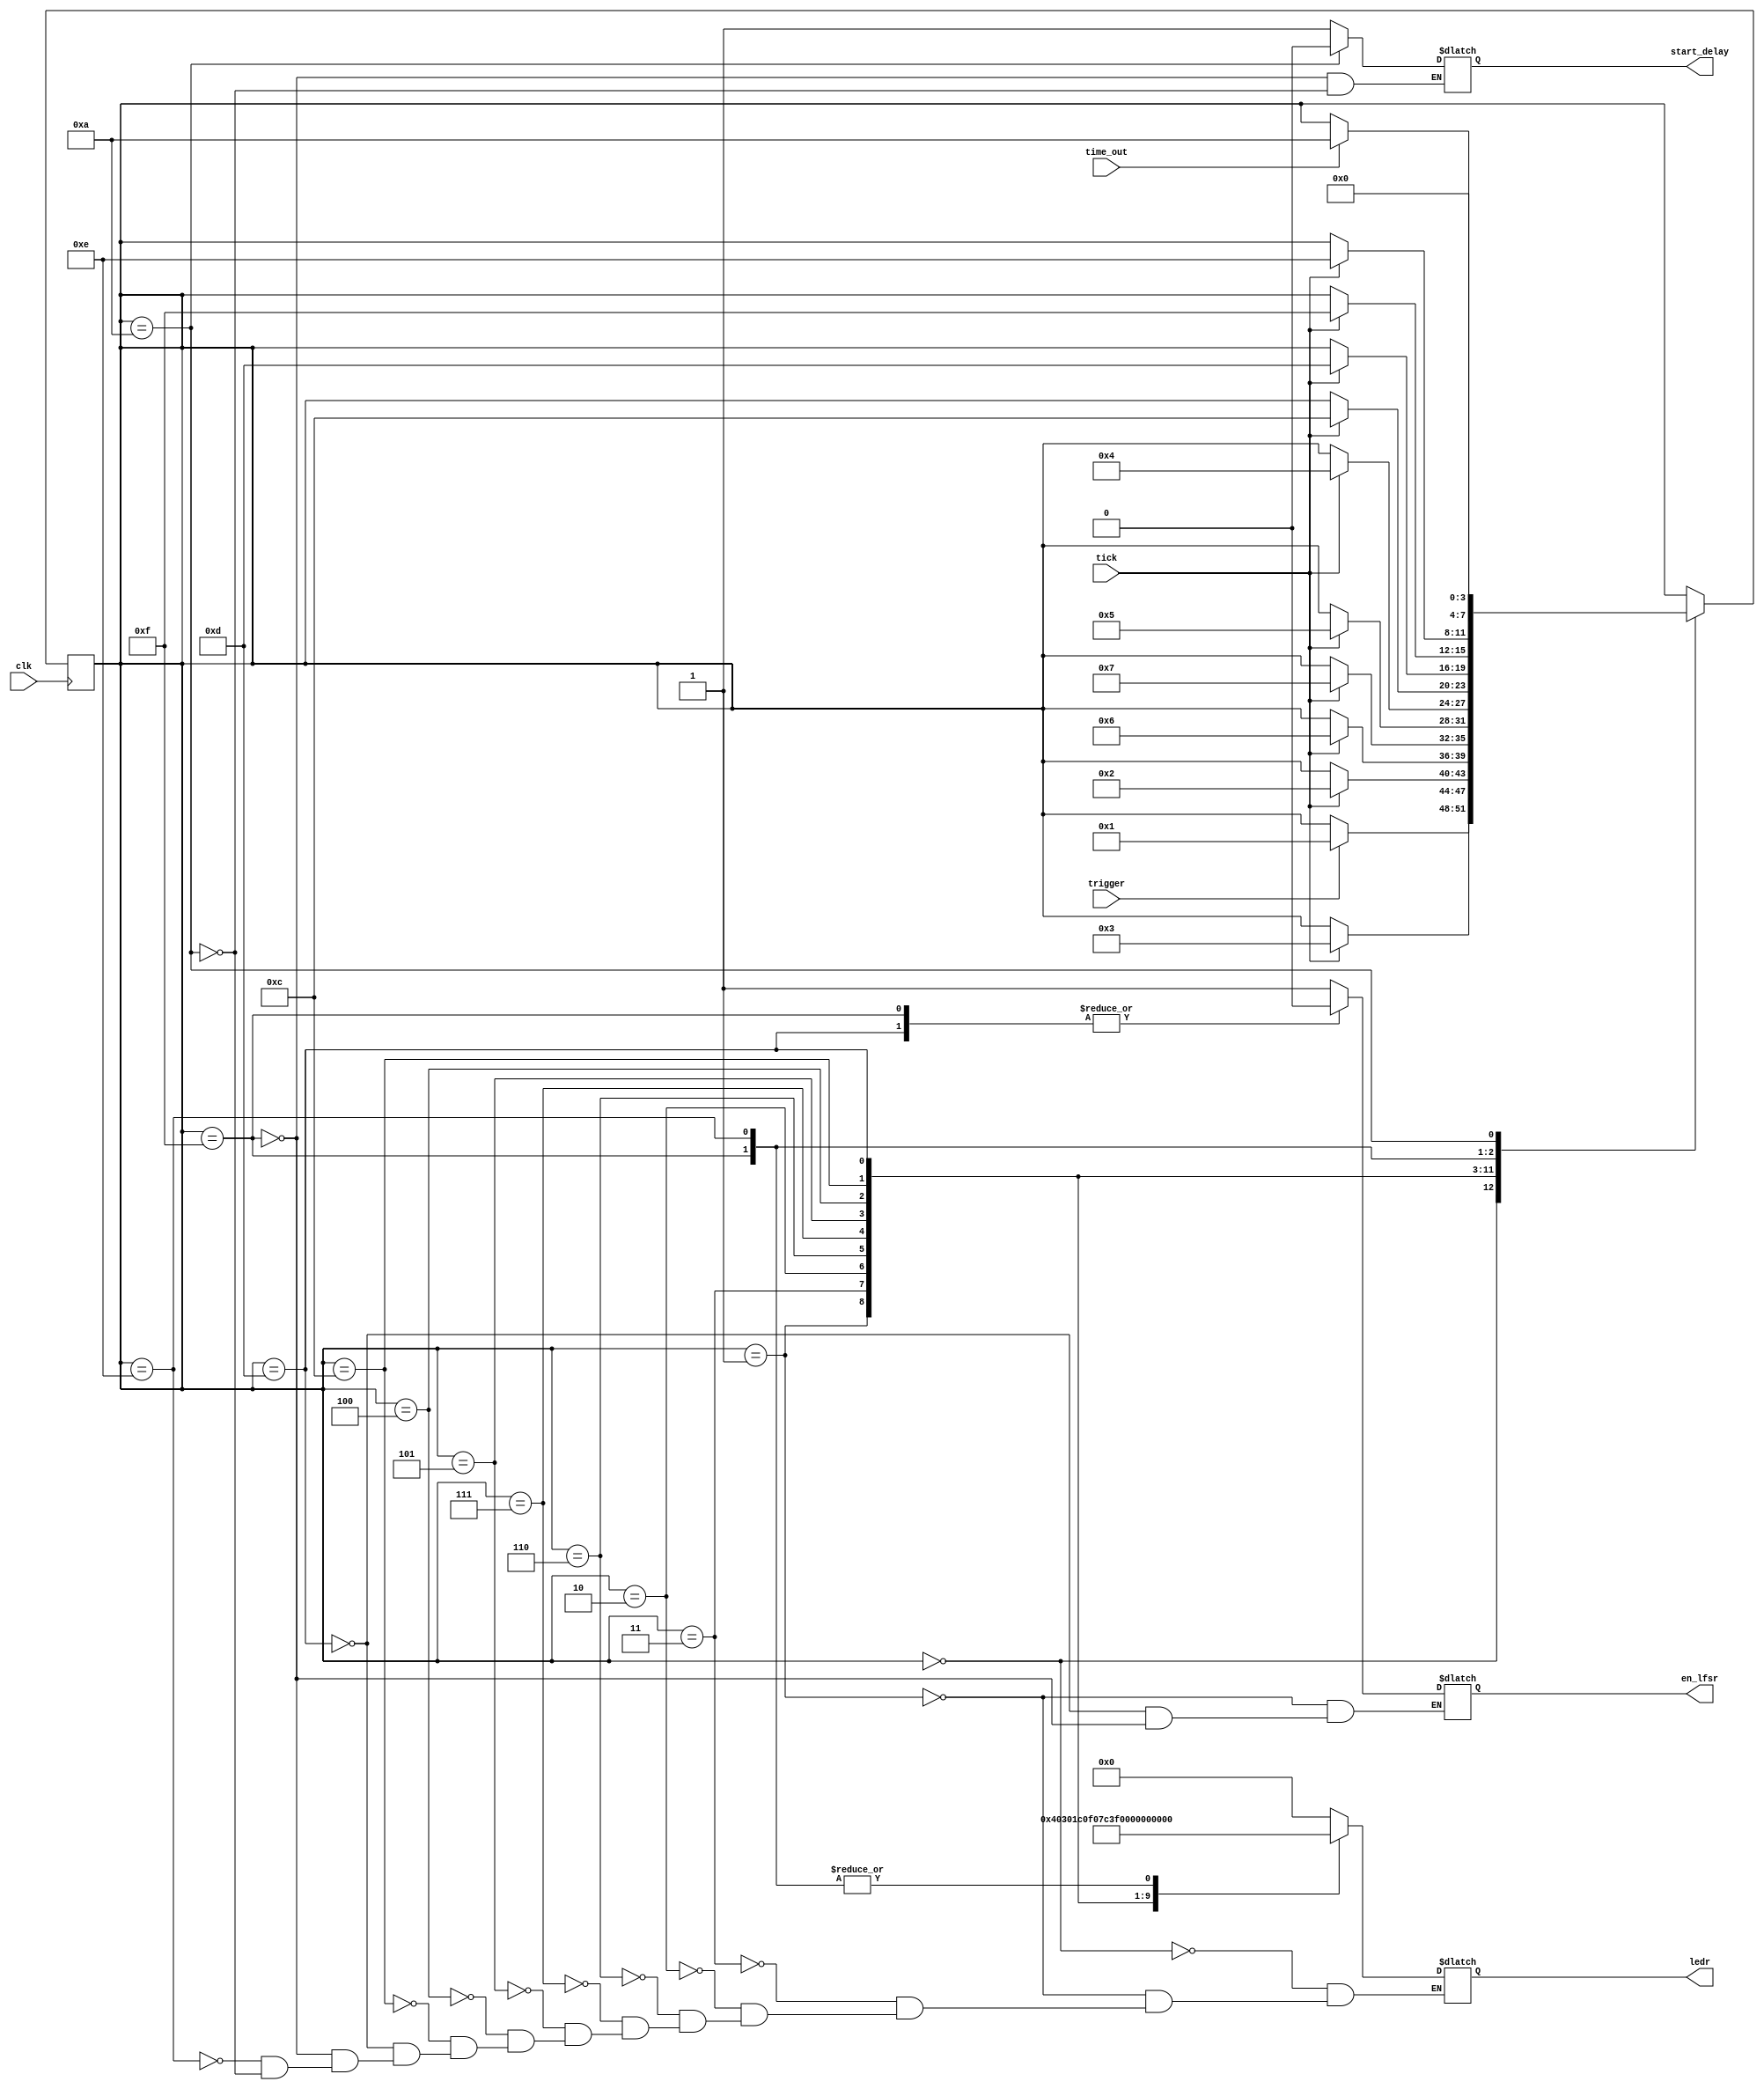
module FSM (clk, tick, trigger, time_out, en_lfsr, start_delay, ledr);
	parameter BIT_SZ = 13;

	input clk, tick, trigger, time_out;
	output en_lfsr, start_delay;
	output[9:0] ledr;

	reg en_lfsr, start_delay;
	initial start_delay = 1'b0;
	initial en_lfsr = 1'b0;
	reg[9:0] ledr;
	reg[3:0] state;

//Defining the states
	parameter IDLE 			= 4'b0000,
		  	  FIRST_LED 	= 4'b0001,
		  	  SECOND_LED 	= 4'b0011,
		  	  THIRD_LED 	= 4'b0010,
		  	  FOURTH_LED 	= 4'b0110,
		  	  FIFTH_LED 	= 4'b0111,
		  	  SIXTH_LED 	= 4'b0101,
		  	  SEVENTH_LED 	= 4'b0100,
		  	  EIGHTH_LED 	= 4'b1100,
		  	  NINTH_LED 	= 4'b1101,
		  	  TENTH_LED		= 4'b1111,
		  	  DELAY 		= 4'b1110,
		  	  TURNOFF 		= 4'b1010;
	
	initial state = IDLE;
	
	always @(posedge clk)
		case (state)
			IDLE 			: if (trigger==1'b1) 	state <= FIRST_LED;
			FIRST_LED 		: if (tick == 1'b1) 	state <= SECOND_LED;
			SECOND_LED 		: if (tick == 1'b1) 	state <= THIRD_LED;
			THIRD_LED 		: if (tick == 1'b1) 	state <= FOURTH_LED;
			FOURTH_LED 		: if (tick == 1'b1) 	state <= FIFTH_LED;
			FIFTH_LED 		: if (tick == 1'b1) 	state <= SIXTH_LED;
			SIXTH_LED 		: if (tick == 1'b1) 	state <= SEVENTH_LED;
			SEVENTH_LED 	: if (tick == 1'b1) 	state <= EIGHTH_LED;
			EIGHTH_LED 		: if (tick == 1'b1) 	state <= NINTH_LED;
			NINTH_LED 		: if (tick == 1'b1) 	state <= TENTH_LED;
			TENTH_LED		: if (tick == 1'b1) 	state <= DELAY;		
			DELAY 			: if (time_out==1'b1) 	state <= TURNOFF;	//Time_out when Delay time has finished
			TURNOFF 		: 						state <= IDLE;		//Goes back to IDLE state
		default: ;
	endcase // state

	//Outputs
	always @(*)
		case (state)
			IDLE 			: 		ledr[9:0] 	= 10'b0000000000;
			FIRST_LED 		: begin ledr[9:0] 	= 10'b0000000001;
									en_lfsr 	= 1'b1; 			end //The LFSR is enabled
			SECOND_LED 		: 		ledr[9:0] 	= 10'b0000000011;
			THIRD_LED 		: 		ledr[9:0] 	= 10'b0000000111;
			FOURTH_LED 		: 		ledr[9:0] 	= 10'b0000001111;
			FIFTH_LED 		: 		ledr[9:0] 	= 10'b0000011111;
			SIXTH_LED 		: 		ledr[9:0] 	= 10'b0000111111;
			SEVENTH_LED 	: 		ledr[9:0] 	= 10'b0001111111;
			EIGHTH_LED 		: 		ledr[9:0] 	= 10'b0011111111;
			NINTH_LED 		: begin ledr[9:0] 	= 10'b0111111111;
									en_lfsr 	= 1'b0; 			end //The LFSR is disabled atleast one cycle before
			TENTH_LED		: begin ledr[9:0] 	= 10'b1111111111;
									start_delay = 1'b1;					//Starts the delay state
									en_lfsr 	= 1'b0; 			end
			DELAY 			: ledr[9:0] 	= 10'b1111111111;
			TURNOFF 			: begin	ledr[9:0] 	= 10'b0000000000;
									start_delay = 1'b0; 			end
			default: ;
	endcase
	
endmodule


/*
module FSM (clk, tick, trigger, timeout, en_lfsr, start_delay, LEDR);
	parameter BIT_SZ = 5; //Number of bits in the delay counter

	input clk, tick, trigger, timeout;
	output reg en_lfsr, start_delay;
	output reg[9:0] LEDR;
	
	reg[BIT_SZ-1:0] count;
	reg[1:0] state;
	parameter IDLE = 2'b00, COUNTING = 2'B01, TIME_OUT = 2'b10;
	
	initial count = 10'd0;
	initial state = IDLE;
	initial en_lfsr = 1'b0;
	initial start_delay = 1'b0;
	initial LEDR = 10'd0;
	
	always @(posedge clk)
		case (state)
			IDLE: if (trigger==1'b1) state <= COUNTING;
			
			COUNTING: if (LEDR[9:0]==10'b111111111)
								state <= TIME_OUT;
						else if (tick == 1'b1) count <= count + 1;
						
			TIME_OUT: if (timeout == 1'b1) state <= IDLE;
			default: ;
		endcase
		
	always @ (*)
		case (state)
			IDLE: begin en_lfsr = 1'b1;
						LEDR[9:0] = 10'b0000000000;  end
						
			COUNTING: begin en_lfsr = 1'b1;
							LEDR[count] = 1'b1; end
			
			TIME_OUT: begin en_lfsr = 1'b0;
						start_delay=1'b1; end
			default: ;
		endcase
		
endmodule
*/